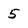
Character: 5